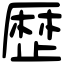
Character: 歴